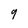
Character: 9